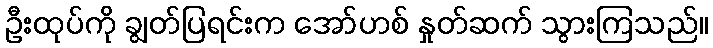
ဦးထုပ်ကို ချွတ်ပြရင်းက အော်ဟစ် နှုတ်ဆက် သွားကြသည်။